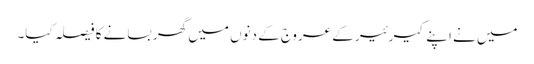
میں نے اپنے کیرئیر کے عروج کے دنوں میں گھر بسانے کا فیصلہ کیا۔